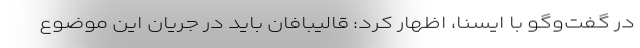
در گفت‌وگو با ایسنا، اظهار کرد: قالیبافان باید در جریان این موضوع